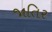
જાતિર